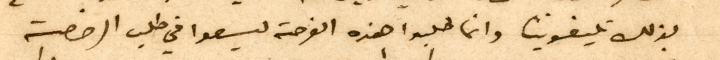
بذلك تليفونيا وانما طلبوا هذه الفرصة ليسعوا في طلب الرخصة